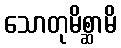
သောတုမိစ္ဆာမိ